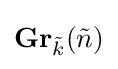
\mathbf {Gr} _{\tilde {k}}({\tilde {n}})